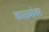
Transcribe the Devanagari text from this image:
काळ्यांवर